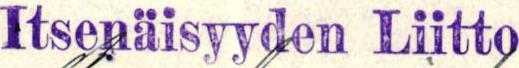
Itsenäisyyden Liitto